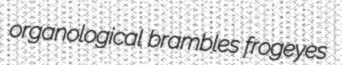
organological brambles frogeyes